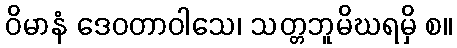
ဝိမာနံ ဒေဝတာဝါသေ၊ သတ္တဘူမိဃရမှိ စ။